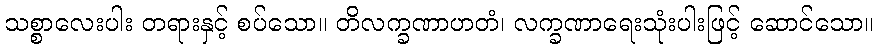
သစ္စာလေးပါး တရားနှင့် စပ်သော။ တိလက္ခဏာဟတံ၊ လက္ခဏာရေးသုံးပါးဖြင့် ဆောင်သော။